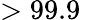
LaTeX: >99.9\